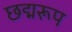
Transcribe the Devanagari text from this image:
छद्मरूप